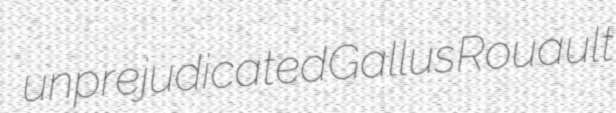
unprejudicated Gallus Rouault